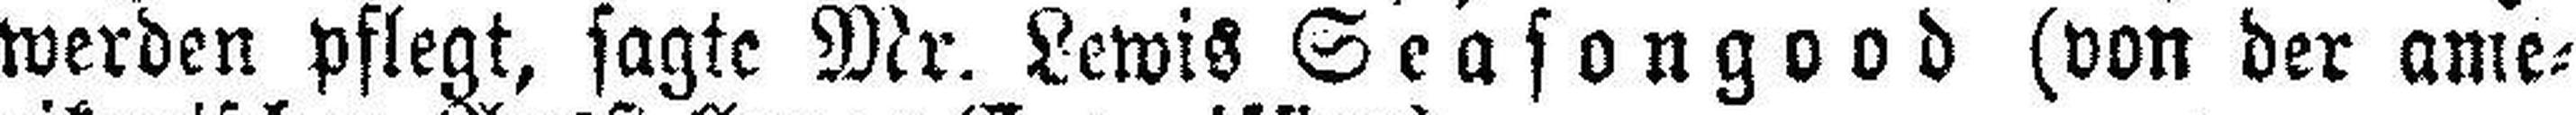
werden pflegt, sagte Mr. Lewis Seasongood (von der ame¬